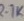
Text: 2.7K